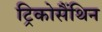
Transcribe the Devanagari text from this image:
ट्रिकोसैंथिन